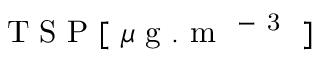
\mathrm { ~ T ~ S ~ P ~ [ ~ } \mu \mathrm { ~ g ~ . ~ m ~ } ^ { \mathrm { ~ - ~ 3 ~ } } \mathrm { ~ ] ~ }